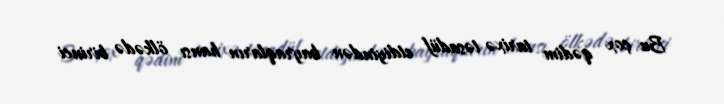
Bu çox qədim tarixə təsadüf etdiyindən bayraqların hansı ölkədə birinci